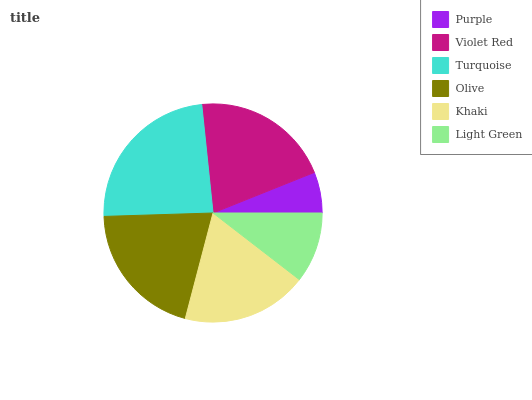
| Purple | Violet Red | Turquoise | Olive | Khaki | Light Green |
 | --- | --- | --- | --- | --- | --- |
 | 6.07% | 20.5% | 23.9% | 20.4% | 18.6% | 10.5% |